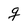
Character: g